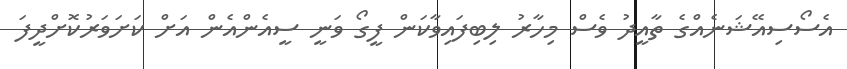
އެސޯސިއޭޝަނެއްގެ ތާއީދު ވެސް މިހާރު ލިބިފައިވާކަން ފީގޯ ވަނީ ސީއެންއެން އަށް ކަށަވަރުކޮށްދީފަ